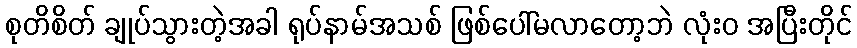
စုတိစိတ် ချုပ်သွားတဲ့အခါ ရုပ်နာမ်အသစ် ဖြစ်ပေါ်မလာတော့ဘဲ လုံးဝ အပြီးတိုင်